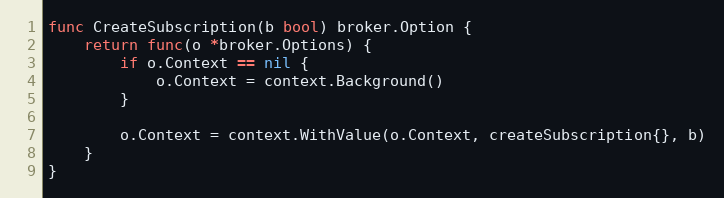
Language: Go
func CreateSubscription(b bool) broker.Option {
	return func(o *broker.Options) {
		if o.Context == nil {
			o.Context = context.Background()
		}

		o.Context = context.WithValue(o.Context, createSubscription{}, b)
	}
}